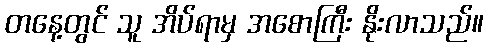
တနေ့တွင် သူ အိပ်ရာမှ အစောကြီး နိုးလာသည်။